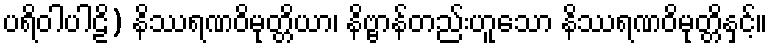
ပရိဝါပါဠိ) နိဿရဏဝိမုတ္တိယာ၊ နိဗ္ဗာန်တည်းဟူသော နိဿရဏဝိမုတ္တိနှင့်။